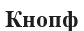
Кнопф